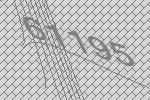
61195